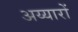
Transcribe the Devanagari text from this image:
अय्यारों